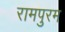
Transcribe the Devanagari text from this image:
रामपुरम